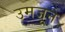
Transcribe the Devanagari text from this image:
उमजून